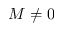
M \neq 0